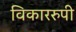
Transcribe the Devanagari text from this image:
विकाररुपी